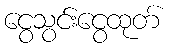
ငွေသွင်းငွေထုတ်